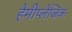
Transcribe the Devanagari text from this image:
हेमीप्लेजिक